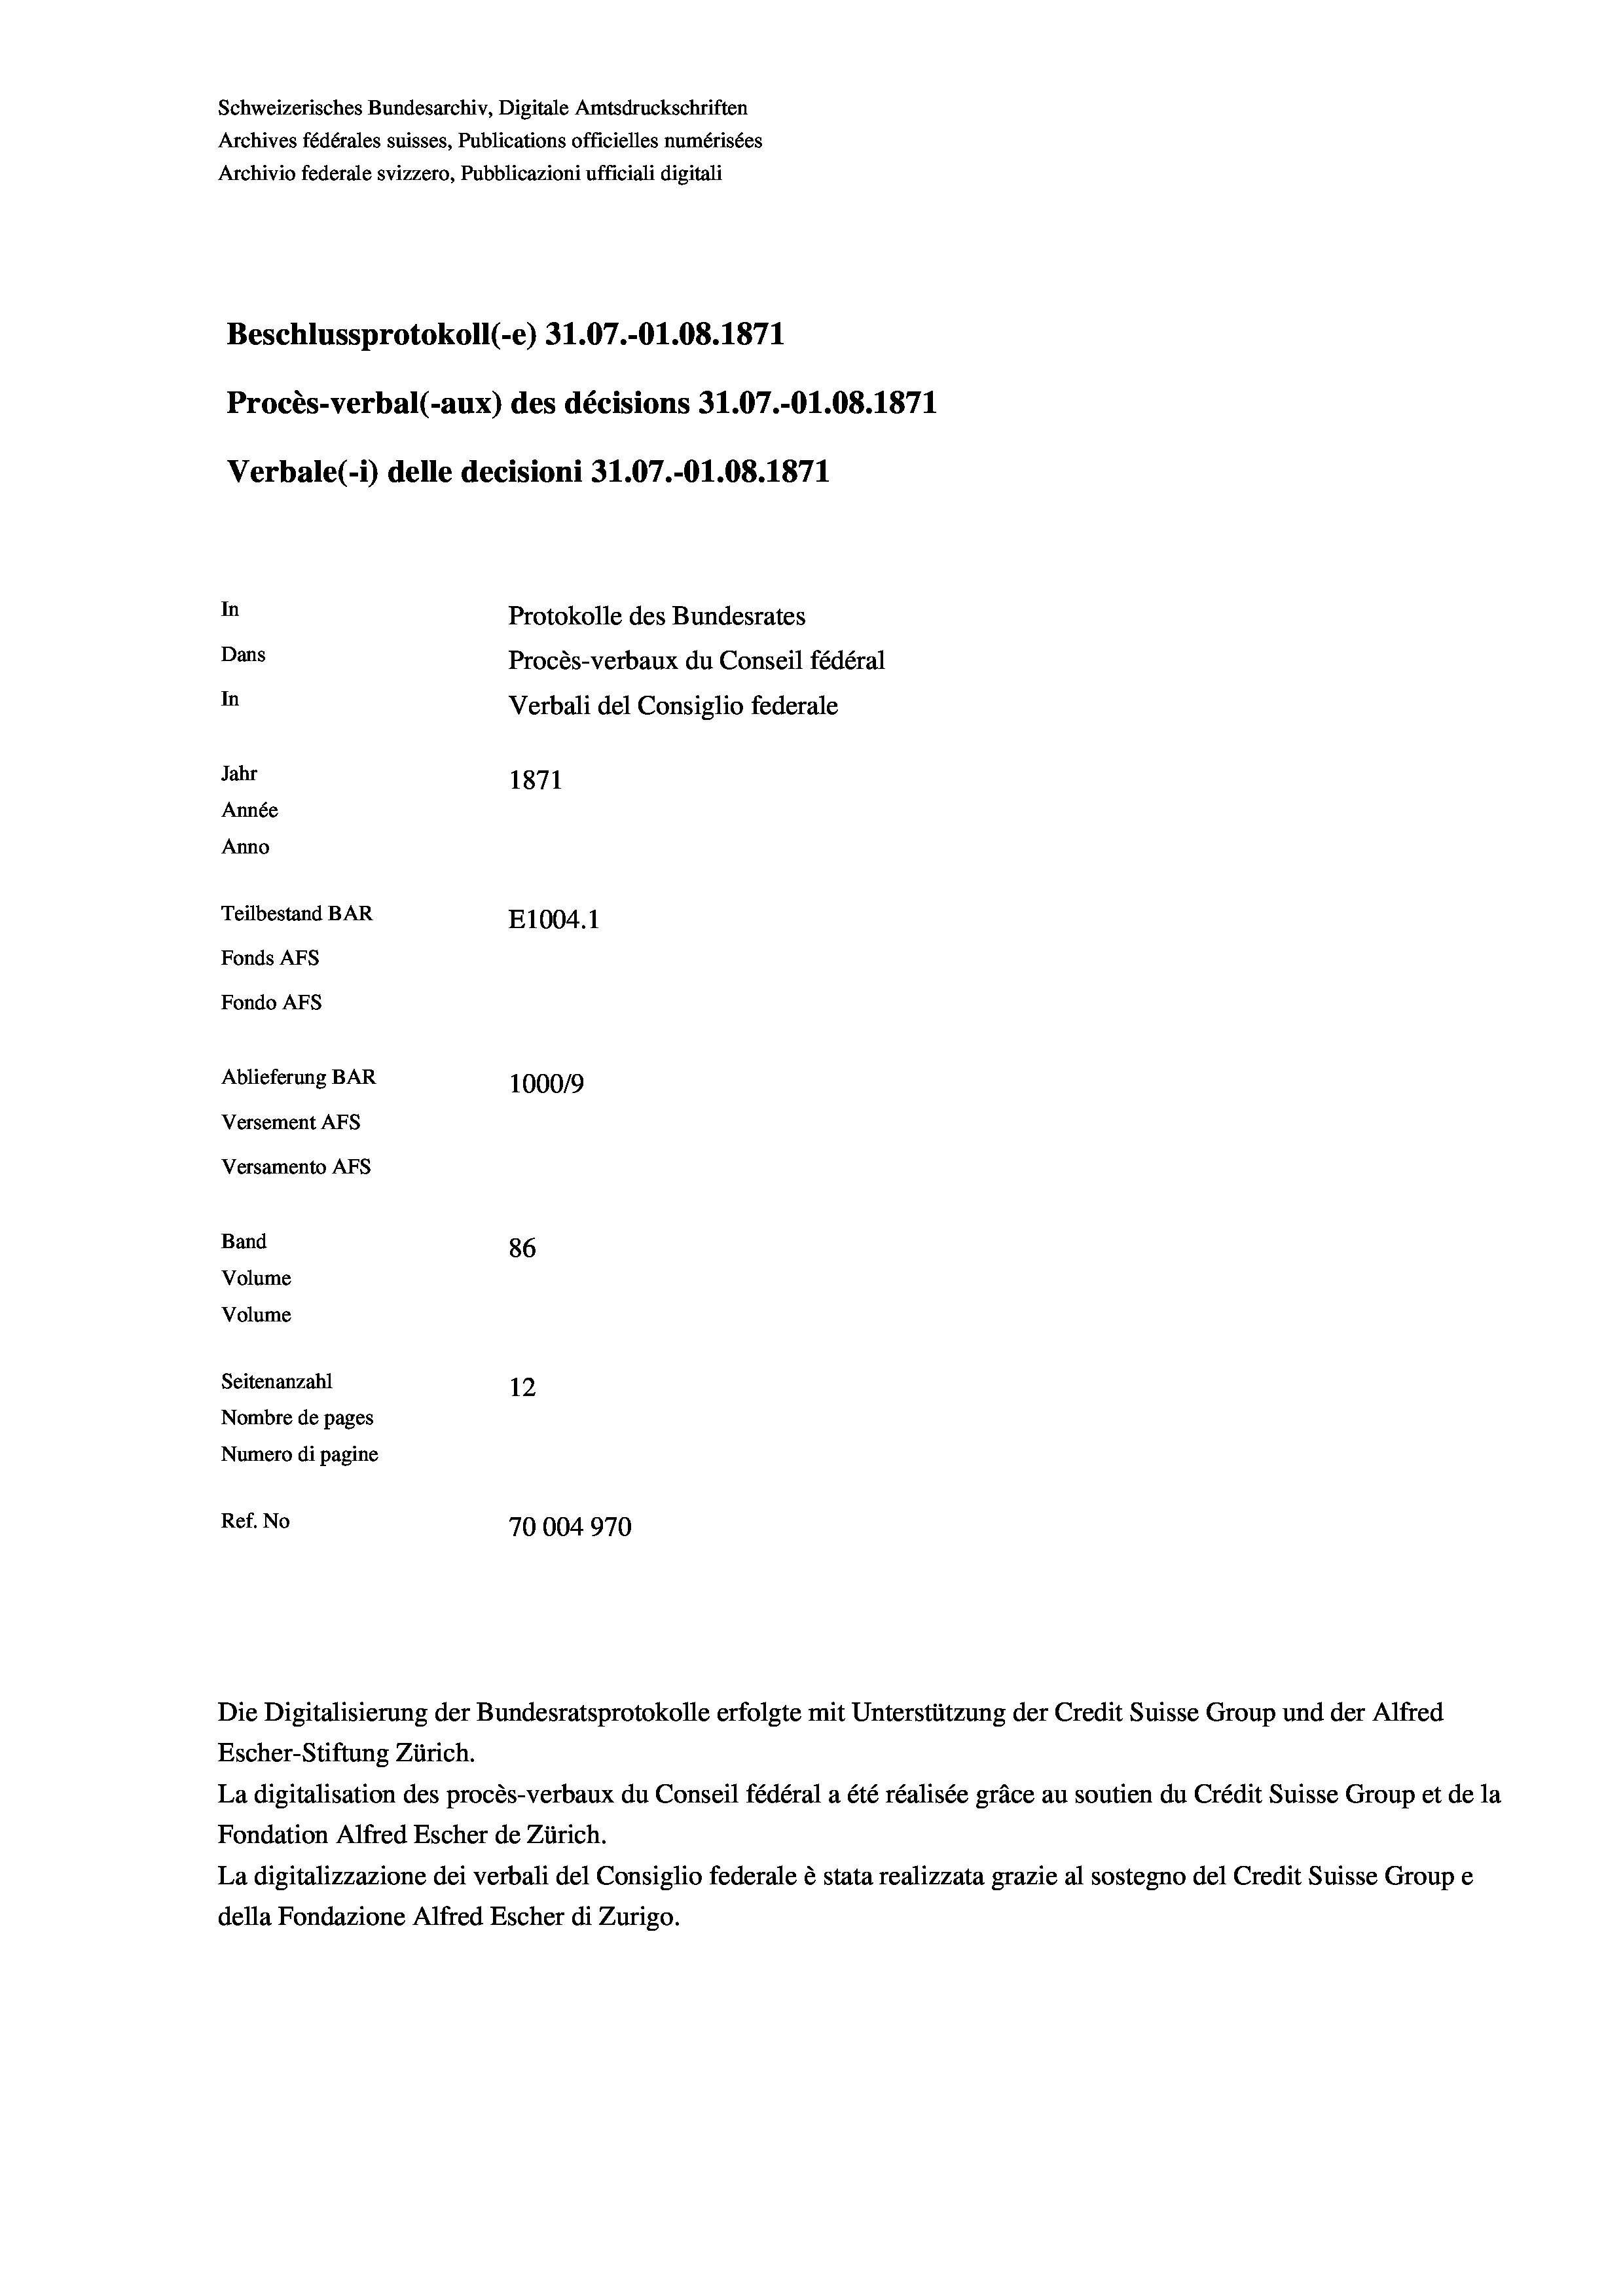
Schweizerisches Bundesarchiv, Digitale Amtsdruckschriften
Archives fédérales suisses, Publications officielles numérisées
Archivio federale svizzero, Pubblicazioni ufficiali digitali
Beschlussprotokoll (-e) 31.07.-O1.08. 1871
Procès-verbal (-aux) des décisions 31.07.-O1.08. 1871
Verbale (- 1) delle decisioni 31.07.-O1.08. 1871
In
Protokolle des Bundesrates
Dans
Procès-verbaux du Conseil fédéral
In
Verbali del Consiglio federale
Jahr
1871
Année
Anno
Teilbestand BAR
E1004. 1
Fonds AFs
Fondo AFS
Ablieferung BAR
100019
Versement AFs
Versamento AFs
Band
86
Volume
Volume
Seitenanzahl
12
Nombre de pages
Numero di pagine
Ref. No
70004970

Escher-Stiftung Zürich.
La digitalisation des procès-verbaux du Conseil fédéral a été réalisée gräce au soutien du Crédit Suisse Group et de la
Fondation Alfred Escher de Zürich.
La digitalizzazione dei verbali del Consiglio federale è stata realizzata grazie al sostegno del Credit Suisse Groupe
della Fondazione Alfred Escher di Zurigo.

Die Digitalisierung der Bundesratsprotokolle erfolgte mit Unterstützung der Credit Suisse Group und der Alfred